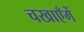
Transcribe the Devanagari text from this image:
चखाएँगें